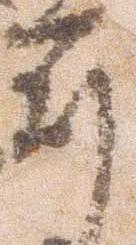
年